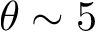
\theta \sim 5